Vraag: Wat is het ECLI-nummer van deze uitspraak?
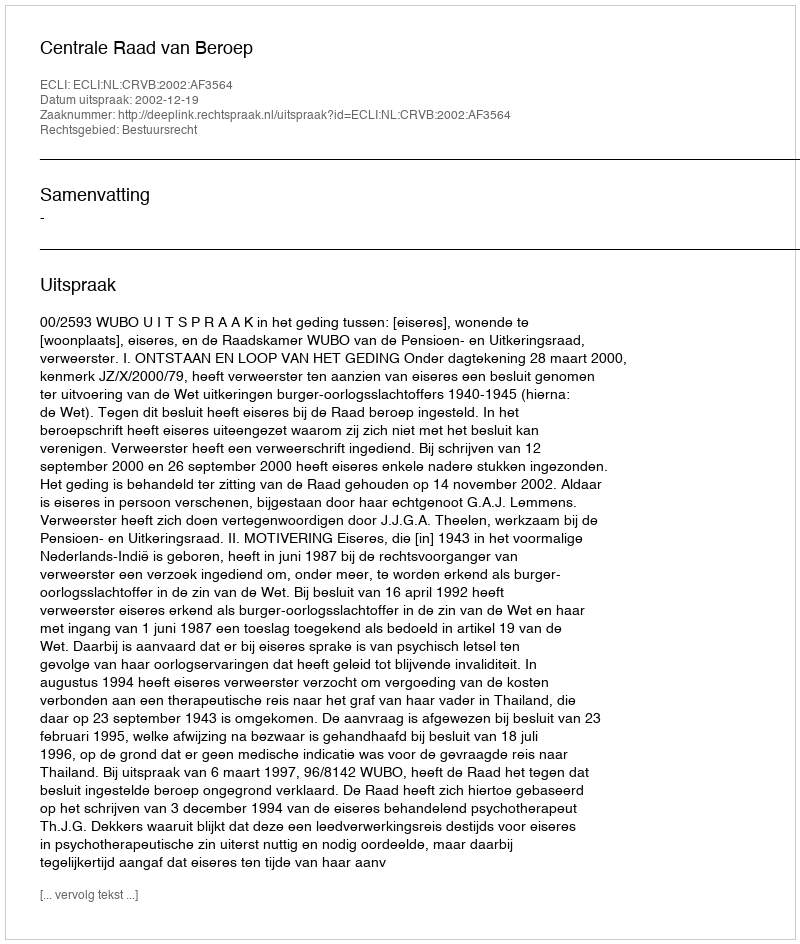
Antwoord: ECLI:NL:CRVB:2002:AF3564